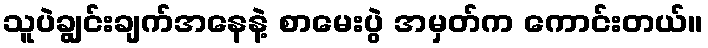
သူပဲချွင်းချက်အနေနဲ့ စာမေးပွဲ အမှတ်က ကောင်းတယ်။